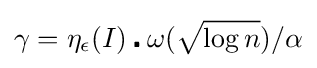
\gamma =\eta _{\epsilon }(I)\centerdot \omega ({\sqrt {\log n}})/\alpha